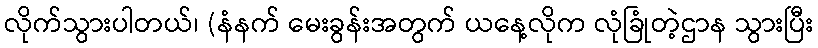
လိုက်သွားပါတယ်၊ (နံနက် မေးခွန်းအတွက် ယနေ့လိုက လုံခြုံတဲ့ဌာန သွားပြီး